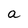
Character: a